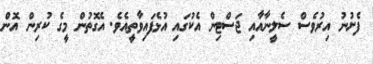
ފެށުނު އިރުވެސް ސެލީނާއާއި ޖަސްޓިން އެކުގައި އުޅެފައިވާތީއެވެ. އެގޮތުން މީގެ ކުރިން އޮން